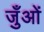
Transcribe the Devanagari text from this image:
जुँओं